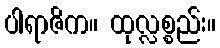
ပါရာဇိက။ ထုလ္လစ္စည်း။